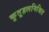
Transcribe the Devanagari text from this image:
कुतूहलमिश्रित